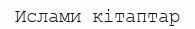
Ислами кітаптар